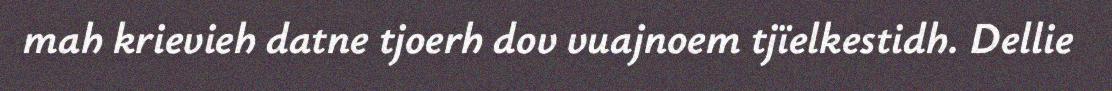
mah krievieh datne tjoerh dov vuajnoem tjïelkestidh. Dellie